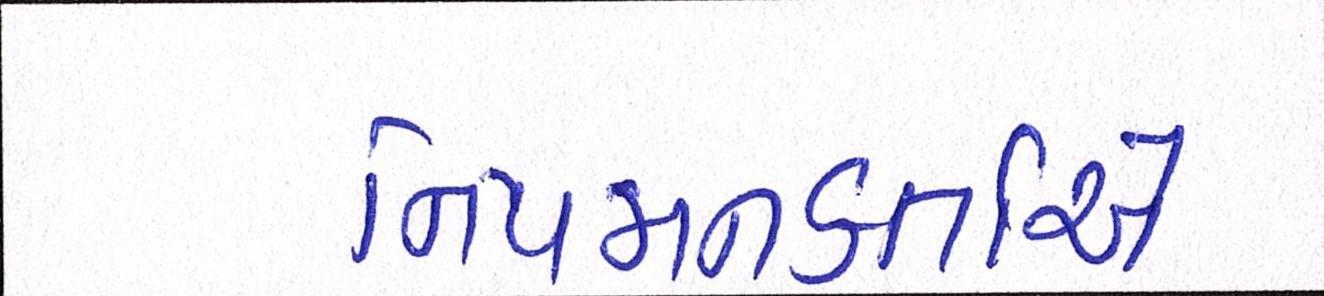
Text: નિયમનકર્તાએ